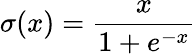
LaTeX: \sigma(x)=\frac{x}{1+e^{-x}}